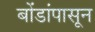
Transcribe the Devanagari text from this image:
बोंडांपासून